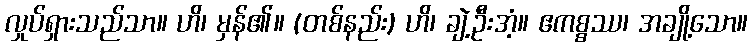
လှုပ်ရှားသည်သာ။ ဟိ၊ မှန်၏။ (တစ်နည်း) ဟိ၊ ချဲ့ဦးအံ့။ ဧကစ္စဿ၊ အချို့သော။